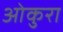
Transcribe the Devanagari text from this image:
ओकुरा